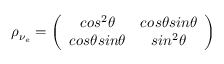
\rho _ { \nu _ { e } } = \left( \begin{array} { c c } { { c o s ^ { 2 } \theta } } & { { c o s \theta s i n \theta } } \\ { { c o s \theta s i n \theta } } & { { s i n ^ { 2 } \theta } } \end{array} \right)